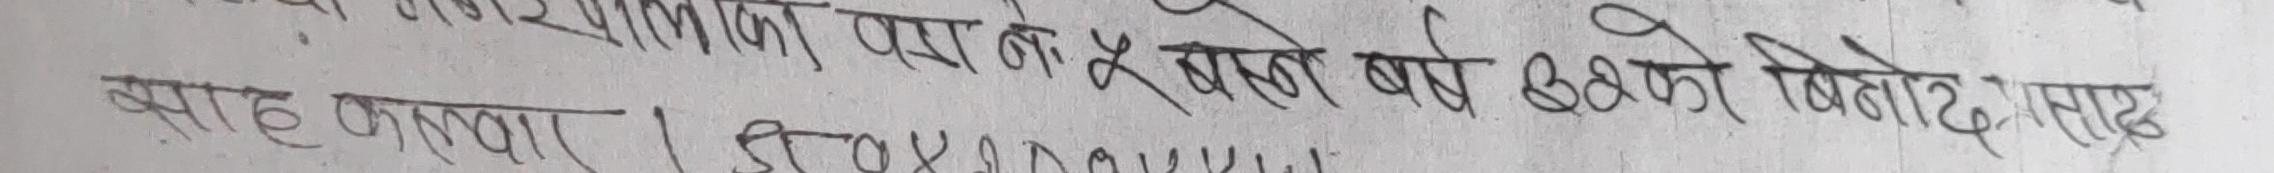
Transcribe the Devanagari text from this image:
कनिका पारा ने ५ र ४ ले पढे बाबु उड्ने विनोद ले साह्रै बसाहा जाना । FROYM0000UU